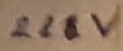
Text: 22V